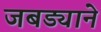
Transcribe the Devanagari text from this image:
जबड्याने